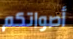
أصواتكم